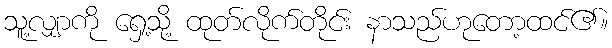
သူ့လျှာကို ရှေ့သို့ ထုတ်လိုက်တိုင်း နာသည်ဟုတော့ထင်၏။